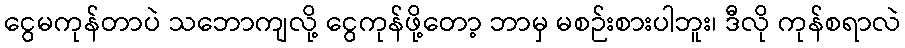
ငွေမကုန်တာပဲ သဘောကျလို့ ငွေကုန်ဖို့တော့ ဘာမှ မစဉ်းစားပါဘူး၊ ဒီလို ကုန်စရာလဲ